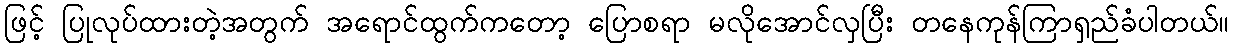
ဖြင့် ပြုလုပ်ထားတဲ့အတွက် အရောင်ထွက်ကတော့ ပြောစရာ မလိုအောင်လှပြီး တနေကုန်ကြာရှည်ခံပါတယ်။